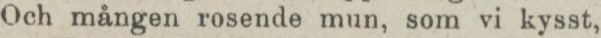
Och mången rosende mun, som vi kysst,